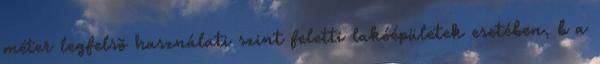
méter legfelsõ használati szint feletti lakóépületek esetében, b a